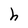
Character: h